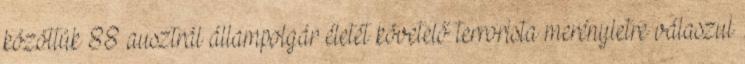
közöttük 88 ausztrál állampolgár életét követelő terrorista merényletre válaszul